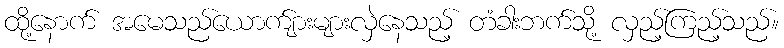
ထို့နောက် အမေသည်ယောက်ျားများလှဲနေသည့် တံခါးဘက်သို့ လှည့်ကြည့်သည်။